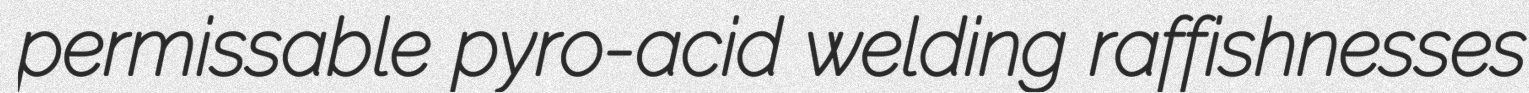
permissable pyro-acid welding raffishnesses